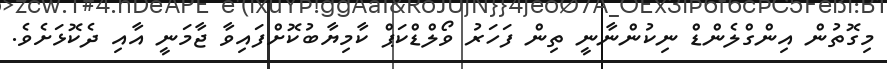
މިގޮތުން އިންގްލެންޑް ނިކުންނާނީ ތިން ފަހަރު ވޯލްޑްކަޕް ކާމިޔާބުކޮށްފައިވާ ޖާމަނީ އާއި ދެކޮޅަށެވެ.